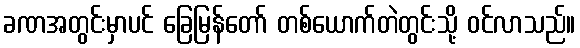
ခဏအတွင်းမှာပင် ခြေမြန်တော် တစ်ယောက်တဲတွင်းသို့ ဝင်လာသည်။